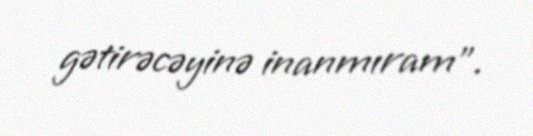
gətirəcəyinə inanmıram”.